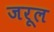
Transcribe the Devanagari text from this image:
जरूल